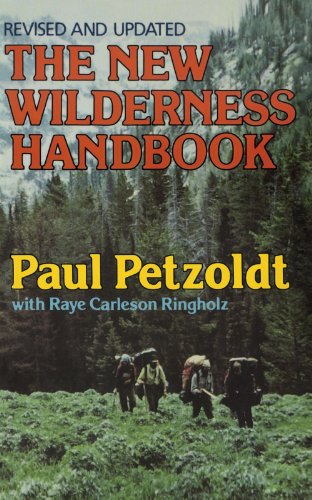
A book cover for The New Wilderness Handbook (Revised and Updated); Paul Petzoldt; Sports & Outdoors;